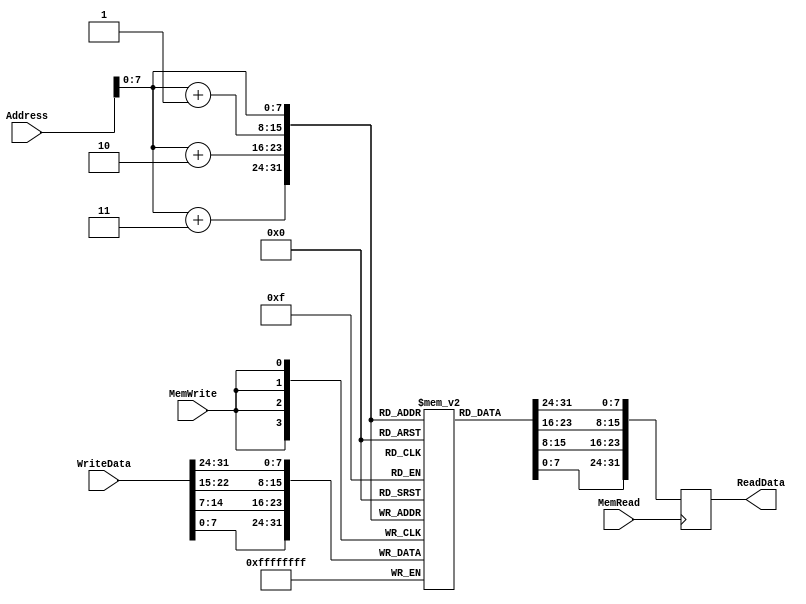
module dataMemory(Address, WriteData, MemWrite, MemRead, ReadData);
input [31:0] Address, WriteData;
input MemWrite, MemRead;
output reg [31:0] ReadData;

reg [7:0] DataMemory [0:255];

integer i;

initial
begin
	for(i=0; i<256; i=i+1)
		DataMemory[i]=0;
end

always @(posedge MemWrite)
begin
	DataMemory[Address]   = WriteData[31:24];
	DataMemory[Address+1] = WriteData[23:15];
	DataMemory[Address+2] = WriteData[15:7];
	DataMemory[Address+3] = WriteData[7:0];
end

always @(posedge MemRead)
begin
	ReadData = {DataMemory[Address],DataMemory[Address+1],DataMemory[Address+2],DataMemory[Address+3]};
end

endmodule